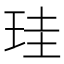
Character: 珪